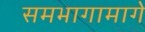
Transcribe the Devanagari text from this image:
समभागामागे